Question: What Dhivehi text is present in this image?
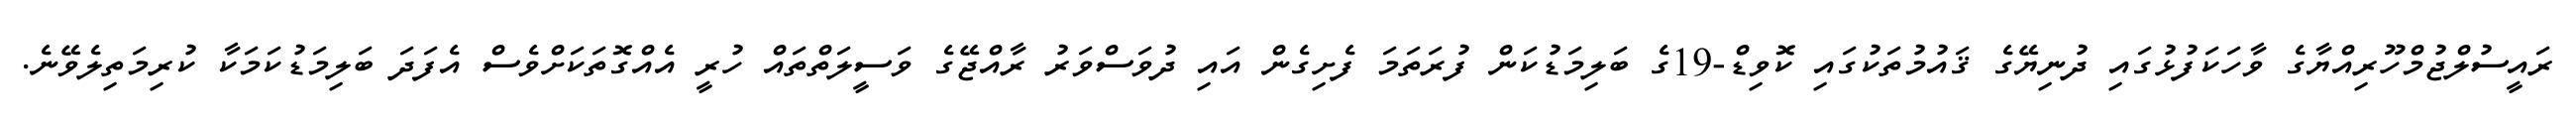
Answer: ރައީސުލްޖުމްހޫރިއްޔާގެ ވާހަކަފުޅުގައި ދުނިޔޭގެ ޤައުމުތަކުގައި ކޮވިޑް-19ގެ ބަލިމަޑުކަން ފުރަތަމަ ފެށިގެން އައި ދުވަސްވަރު ރާއްޖޭގެ ވަސީލަތްތައް ހުރީ އެއްގޮތަކަށްވެސް އެފަދަ ބަލިމަޑުކަމަކާ ކުރިމަތިލެވޭނެ.